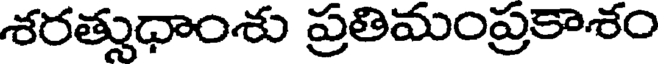
శరత్సుధాంశు ప్రతిమంప్రకాశం